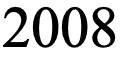
2008